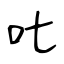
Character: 𠮟